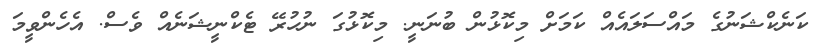
ކަނެކްޝަނުގެ މައްސަލައެއް ކަމަށް މިކޮޅުން ބުނަނީ. މިކޮޅުގަ ނުހުރޭ ޓެކްނީޝަނެއް ވެސް. އެހެންވީމަ